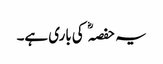
یہ حفصہ کی باری ہے۔